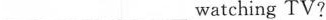
___ ___watching TV?